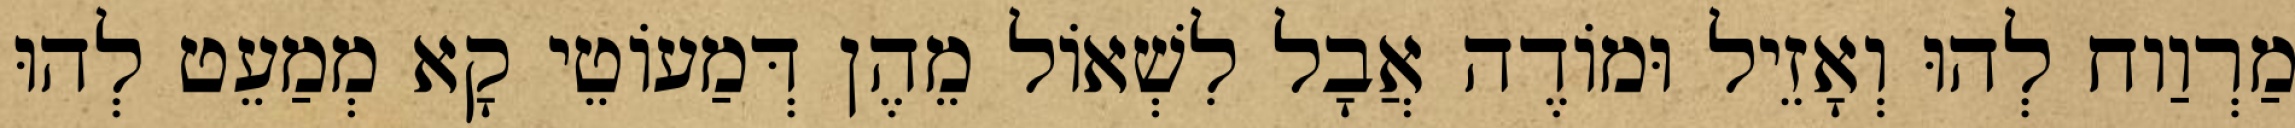
מַרְוַוח לְהוּ וְאָזֵיל וּמוֹדֶה אֲבָל לִשְׁאוֹל מֵהֶן דְּמַעוֹטֵי קָא מְמַעֵט לְהוּ